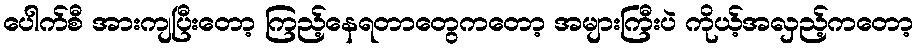
ပေါက်စီ အားကျပြီးတော့ ကြည့်နေရတာတွေကတော့ အများကြီးပဲ ကိုယ့်အလှည့်ကတော့